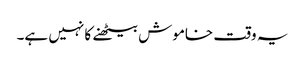
یہ وقت خاموش بیٹھنے کا نہیں ہے۔